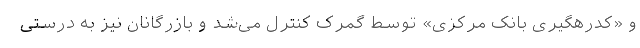
و «کدرهگیری بانک مرکزی» توسط گمرک کنترل می‌شد و بازرگانان نیز به درستی